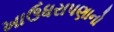
ખાઉધરાપણાનો